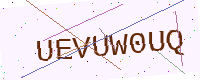
Text: UEVUW0UQ